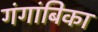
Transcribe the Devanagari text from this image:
गंगांबिका